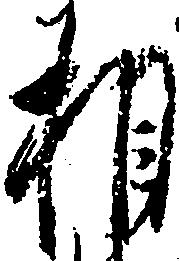
相